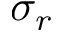
\sigma _ { r }